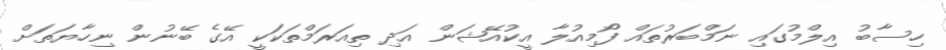
ހިސާބު އިލްމުގައި ނަމްބަރުތައް ފޯމިއުލާ އީކުއޭޝަން އަދި ތިއަރަމްތަކަކީ އޭގެ ބޭނުން ނިހާޔަތަށް